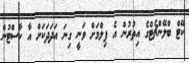
ކޭޓް ބްލޭންޗެޓްގެ އިތުރުން އެ ފިލްމަށް ވަނީ ގިނަ އަދަދަކަށް އާ ކާސްޓުން